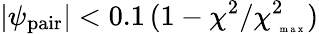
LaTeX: |\psi_{\mathrm{pair}}|<0.1\, (1-\chi^{2}/\chi_{\mathrm{~\tiny~m~a~x~}}^{2})